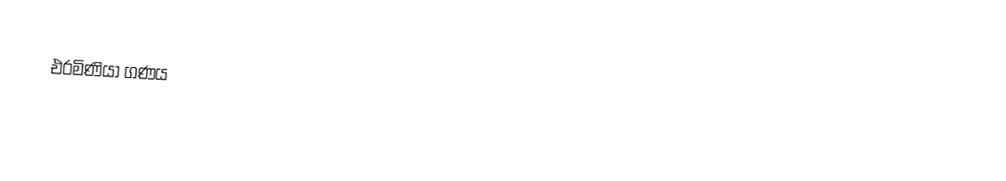
එරමිණියා ගණය